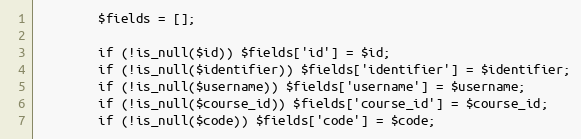
Language: PHP
        $fields = [];

        if (!is_null($id)) $fields['id'] = $id;
        if (!is_null($identifier)) $fields['identifier'] = $identifier;
        if (!is_null($username)) $fields['username'] = $username;
        if (!is_null($course_id)) $fields['course_id'] = $course_id;
        if (!is_null($code)) $fields['code'] = $code;